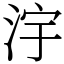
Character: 𣳿